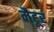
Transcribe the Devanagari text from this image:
मैटूर